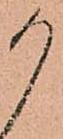
か